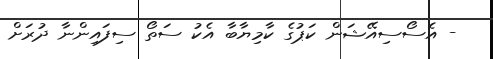
- އެސޯސިއޭޝަން ކަޕުގެ ކާމިޔާބާ އެކު ސަތޯ ސިފައިންނާ ދުރަށް